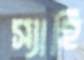
স্যাহি